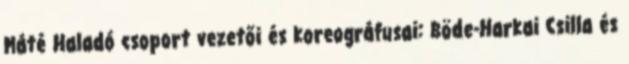
Máté Haladó csoport vezetői és koreográfusai: Böde-Harkai Csilla és